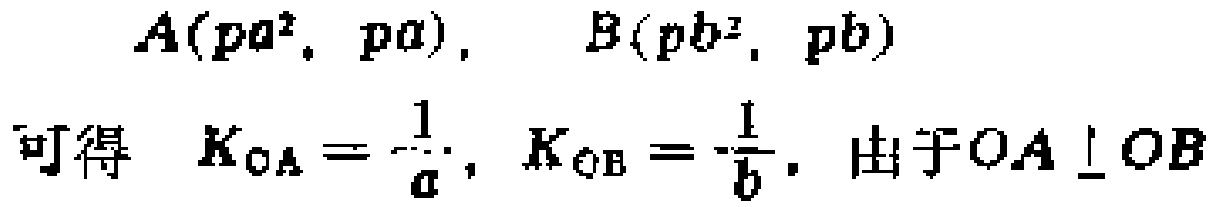
\(A(pa^{2}, pa),\quad B(pb^{2}, pb)\)
可得 \(K_{OA}= \frac{1}{a}, K_{OB}= \frac{1}{b}\). 由于 \(OA \perp OB\)